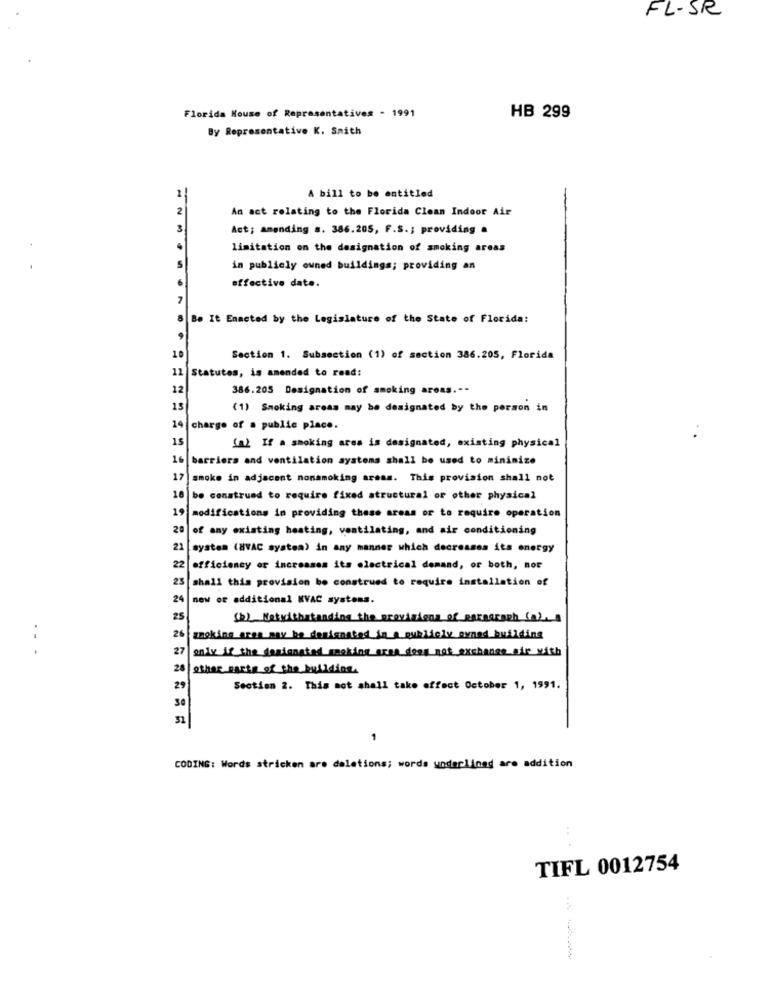
FL-SR
Florida House of Representatives - 1991
HB 299
By Representative K. Smith
A bill to be entitled
2
An act relating to the Florida Clean Indoor Air
3
Act; amending s. 386.205, F.S .; providing .
limitation on the designation of smoking areas
S
in publicly owned buildings; providing an
effective date.
8 Be It Enacted by the Legislature of the State of Florida:
10
Section 1. Subsection (1) of section 386.205, Florida
11
Statutes, is amended to read:
12
386.205 Designation of smoking areas .--
15
(1) Smoking areas may be designated by the person in
14 charge of a public place.
15
(a) If a smoking area is designated, existing physical
16
barriers and ventilation systems shall be used to minimize
17
smoke in adjacent nonsmoking areas. This provision shall not
18 be construed to require fixed structural or other physical
19 modifications in providing these areas or to require operation
20 of any existing heating, ventilating, and air conditioning
21
system (8VAC system) in any manner which decreases its energy
22 efficiency or increases its electrical demand, or both, nor
23 shall this provision bo construed to require installation of
24
new of additional KVAC systems.
25
(b) Netwithstanding the provisions_of_paragraph (02.
26 moking area may be designated in a publicly owned building
27
only if the designated making area does not exchange air with
28 other parts of the building.
29
Section 2. This mot shall take effect October 1, 1991.
51
1
CODING: Words stricken are deletions; words underlined are addition
TIFL 0012754